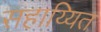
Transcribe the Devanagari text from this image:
सहाय्यित